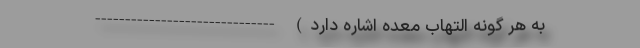
به هر گونه التهاب معده اشاره دارد) ------------------------------